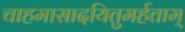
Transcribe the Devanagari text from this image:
चाहमासादयितुमर्हताम्‌